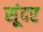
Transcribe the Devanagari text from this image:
सूंदर